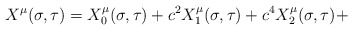
\begin{align*}X^{\mu}(\sigma, \tau) = X_{0}^{\mu}(\sigma, \tau) + c^{2} X_{1}^{\mu}(\sigma,\tau) + c^{4} X_{2}^{\mu}(\sigma, \tau) +\end{align*}